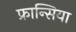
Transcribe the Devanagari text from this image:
फ्रान्सिया